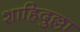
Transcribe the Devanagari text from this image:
शाहिदुल्ला